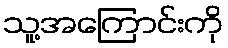
သူ့အကြောင်းကို